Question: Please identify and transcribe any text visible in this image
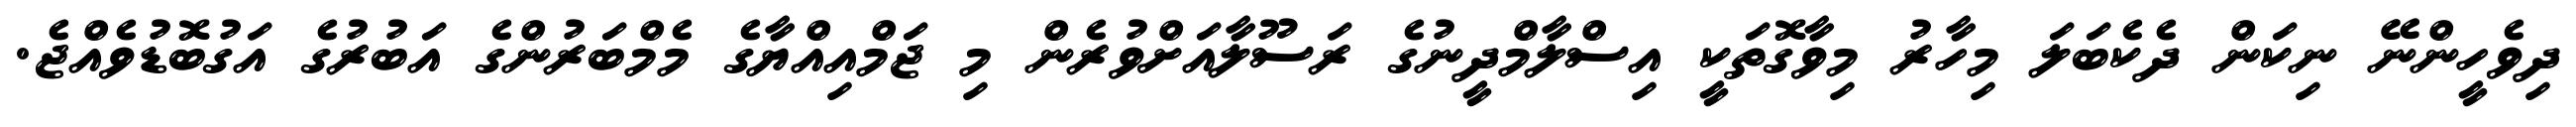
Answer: ދިވެހީންނޭ ނިކަން ދެކެބަލަ މިހާރު މިވާގޮތަކީ އިސްލާމްދީނުގެ ރަސޫލާއަށްވުރެން މި ޖަމްއިއްޔާގެ މެމްބަރުންގެ އަބުރުގެ އަގުބޮޑުވެއްޖެ.